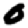
Digit: 0